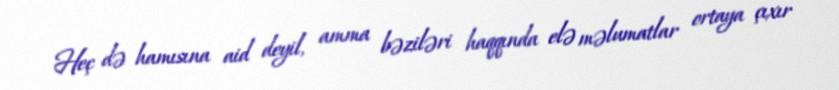
Heç də hamısına aid deyil, amma bəziləri haqqında elə məlumatlar ortaya çıxır